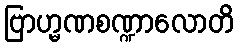
ဗြာဟ္မဏစဏ္ဍာလောတိ